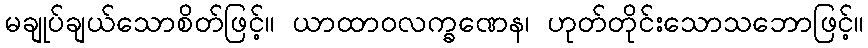
မချုပ်ချယ်သောစိတ်ဖြင့်။ ယာထာဝလက္ခဏေန၊ ဟုတ်တိုင်းသောသဘောဖြင့်။